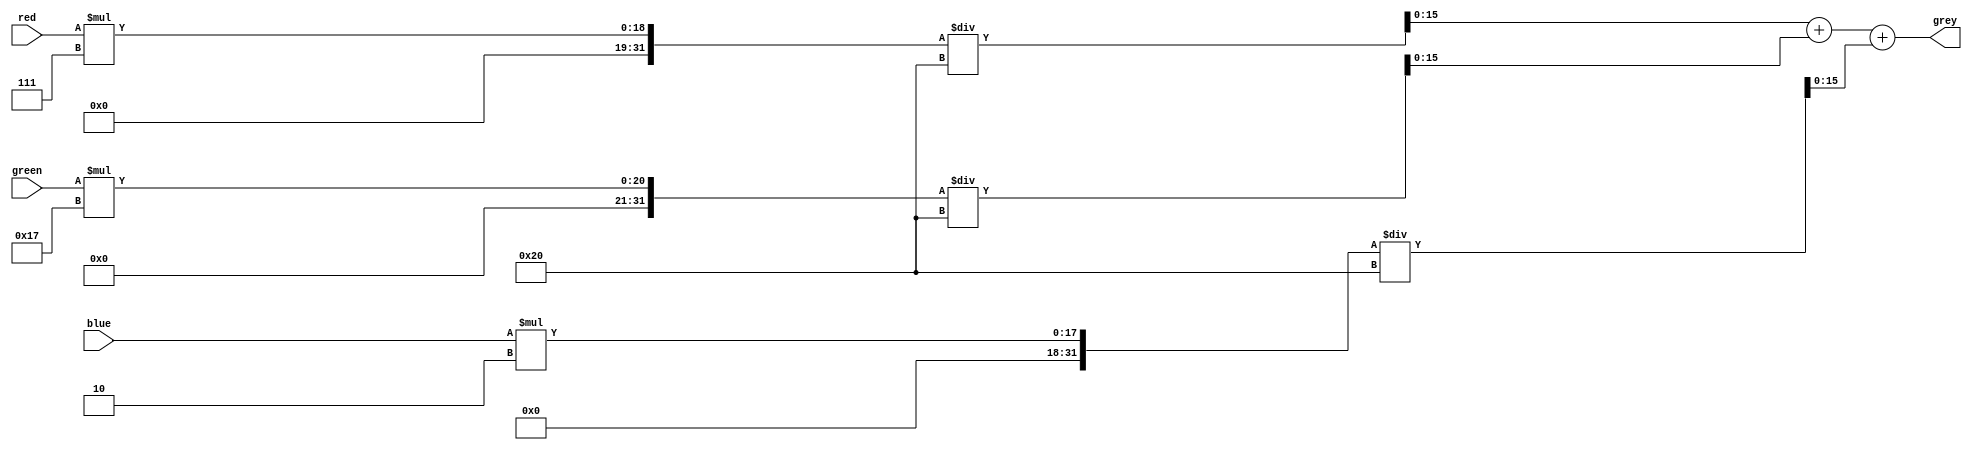

module greyscale(
    input [15:0] red,
    input [15:0] green,
    input [15:0] blue,
    output [15:0] grey
);

assign grey = red * 7/32 + green * 23/32 + blue * 2/32;

endmodule